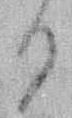
る